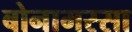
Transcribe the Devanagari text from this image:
बोनामस्सा